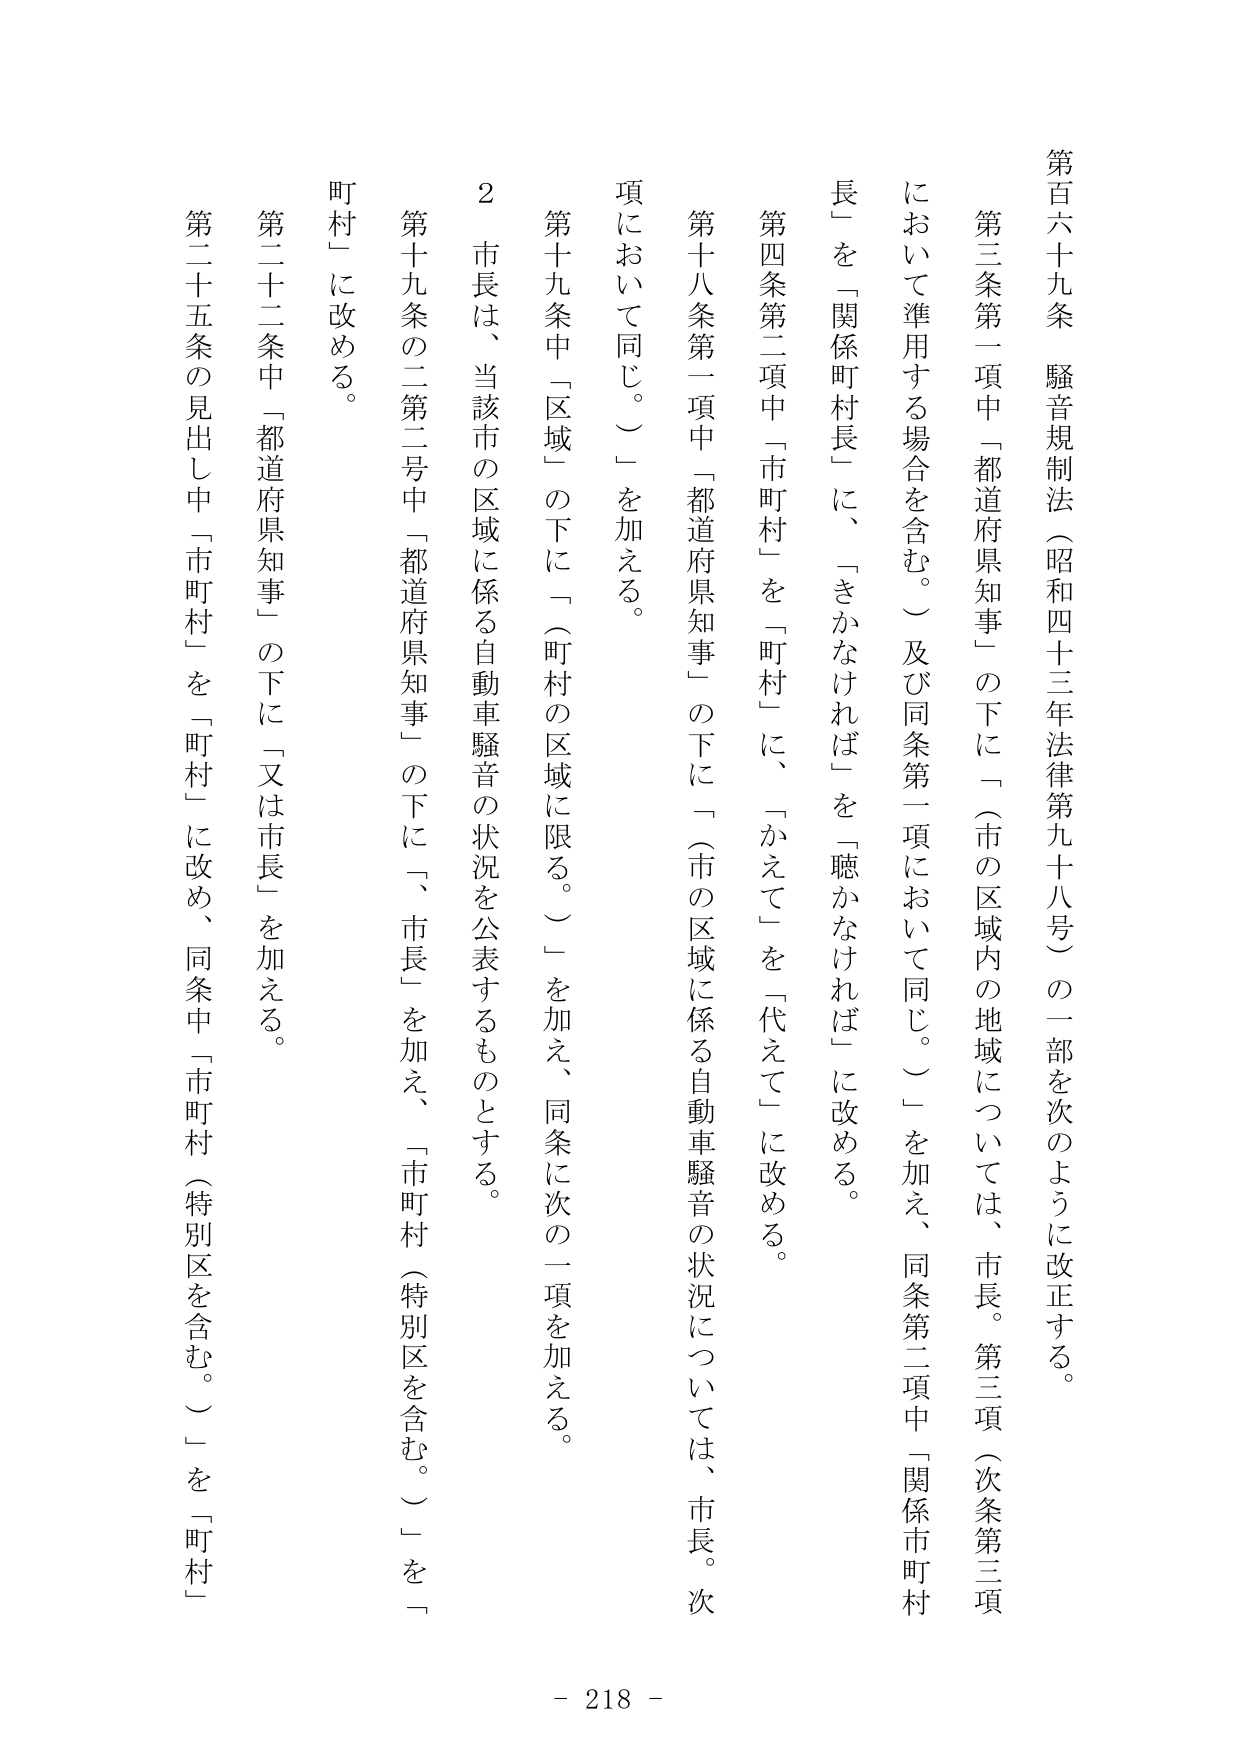
第百六十九条 騒音規制法（昭和四十三年法律第九十八号）の一部を次のように改正する。

第三条第一項中「都道府県知事」の下に「（市の区域内の地域については、市長。第三項（次条第三項において準用する場合を含む。）及び同条第一項において同じ。）」を加え、同条第二項中「関係市町村長」を「関係町村長」に、「きかなければ」を「聴かなければ」に改める。

第四条第二項中「市町村」を「町村」に、「かえて」を「代えて」に改める。

第十八条第一項中「都道府県知事」の下に「（市の区域に係る自動車騒音の状況については、市長。次項において同じ。）」を加える。

第十九条中「区域」の下に「（町村の区域に限る。）」を加え、同条に次の二項を加える。

２ 市長は、当該市の区域に係る自動車騒音の状況を公表するものとする。

第十九条の二第二号中「都道府県知事」の下に「、市長」を加え、「市町村（特別区を含む。）」を「町村」に改める。

第二十二条中「都道府県知事」の下に「又は市長」を加える。

第二十五条の見出し中「市町村」を「町村」に改め、同条中「市町村（特別区を含む。）」を「町村」に改める。

- 218 -